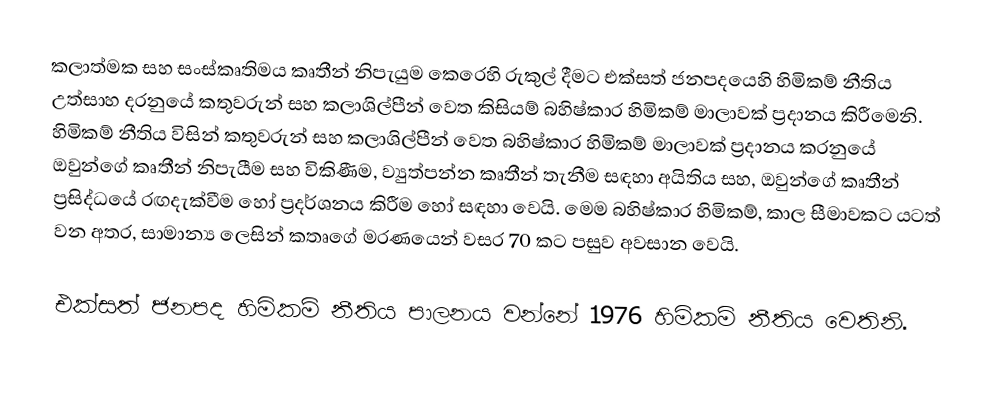
කලාත්මක සහ සංස්කෘතිමය කෘතීන් නිපැයුම කෙරෙහි රුකුල් දීමට  එක්සත් ජනපදයෙහි හිමිකම් නීතිය උත්සාහ දරනුයේ කතුවරුන් සහ කලාශිල්පීන් වෙත කිසියම් බහිෂ්කාර හිමිකම් මාලාවක් ප්‍රදානය කිරීමෙනි. හිමිකම් නීතිය විසින් කතුවරුන් සහ කලාශිල්පීන් වෙත බහිෂ්කාර හිමිකම් මාලාවක් ප්‍රදානය කරනුයේ ඔවුන්ගේ කෘතීන් නිපැයීම සහ විකිණීම, ව්‍යුත්පන්න කෘතීන් තැනීම සඳහා අයිතිය සහ, ඔවුන්ගේ කෘතීන් ප්‍රසිද්ධයේ රඟදැක්වීම හෝ ප්‍රදර්ශනය කිරීම හෝ සඳහා වෙයි. මෙම බහිෂ්කාර හිමිකම්, කාල සීමාවකට යටත් වන අතර, සාමාන්‍ය ලෙසින් කතෘගේ මරණයෙන් වසර 70 කට පසුව අවසාන වෙයි.

එක්සත් ජනපද හිමිකම් නීතිය පාලනය වන්නේ  1976 හිමිකම් නීතිය වෙතිනි.